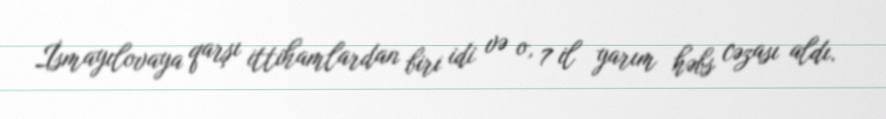
İsmayılovaya qarşı ittihamlardan biri idi və o, 7 il yarım həbs cəzası aldı.